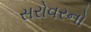
સરોવરનો